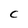
Character: c